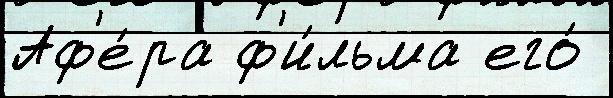
Аф'е́ра ф'и́льма его́